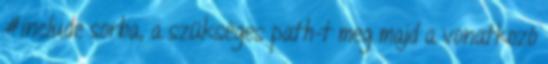
#include sorba, a szükséges path-t meg majd a vonatkozó